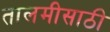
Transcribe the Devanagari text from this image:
तालमीसाठी